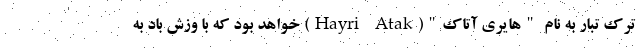
ترک تبار به نام "هایری آتاک"(Hayri Atak) خواهد بود که با وزش باد به